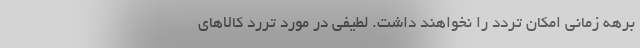
برهه زمانی امکان تردد را نخواهند داشت. لطیفی در مورد تررد کالاهای